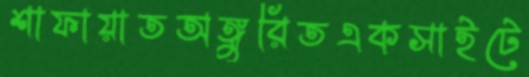
শাফায়াতঅঙ্গুরিতএকসাইটে